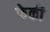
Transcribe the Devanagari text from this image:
फेकी